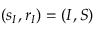
( s _ { I } , r _ { I } ) = ( I , S )